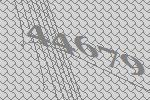
44679